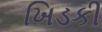
ખિડકી